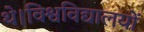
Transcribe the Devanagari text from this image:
थे।विश्वविद्यालयों